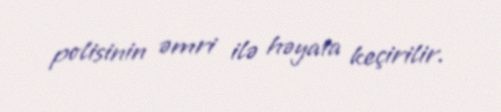
polisinin əmri ilə həyata keçirilir.